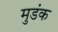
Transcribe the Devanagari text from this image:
मुडंक